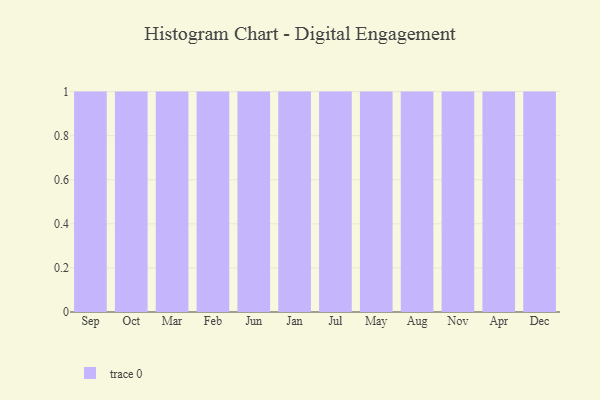
{"axis": {"x": "Month", "y": "Waste Production (Tons)"}, "legend": [""], "data": [{"x": "Sep", "y": 50, "type": ""}, {"x": "Oct", "y": 68, "type": ""}, {"x": "Mar", "y": 30, "type": ""}, {"x": "Feb", "y": 35, "type": ""}, {"x": "Jun", "y": 26, "type": ""}, {"x": "Jan", "y": 19, "type": ""}, {"x": "Jul", "y": 18, "type": ""}, {"x": "May", "y": 98, "type": ""}, {"x": "Aug", "y": 94, "type": ""}, {"x": "Nov", "y": 58, "type": ""}, {"x": "Apr", "y": 96, "type": ""}, {"x": "Dec", "y": 90, "type": ""}]}